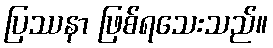
ပြဿနာ ဖြစ်ရသေးသည်။